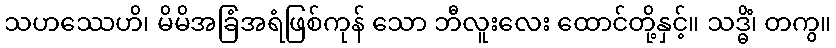
သဟဿေဟိ၊ မိမိအခြံအရံဖြစ်ကုန် သော ဘီလူးလေး ထောင်တို့နှင့်။ သဒ္ဓိံ၊ တကွ။